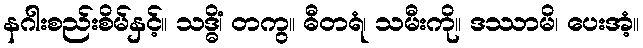
နဂါးစည်းစိမ်နှင့်။ သဒ္ဓိံ၊ တကွ။ ဓီတရံ၊ သမီးကို။ ဒဿာမိ၊ ပေးအံ့။